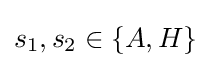
s_{1},s_{2}\in \{A,H\}